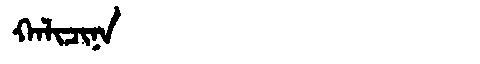
Manchu: ᡴᠠᠯᡳᠴᡳᠨᠠ
Romanization: KALICINA